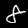
Digit: 8